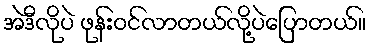
အဲဒီလိုပဲ ဖုန်းဝင်လာတယ်လို့ပဲပြောတယ်။